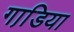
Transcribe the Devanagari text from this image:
गाडि़या